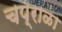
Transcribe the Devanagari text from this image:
चप्राळा